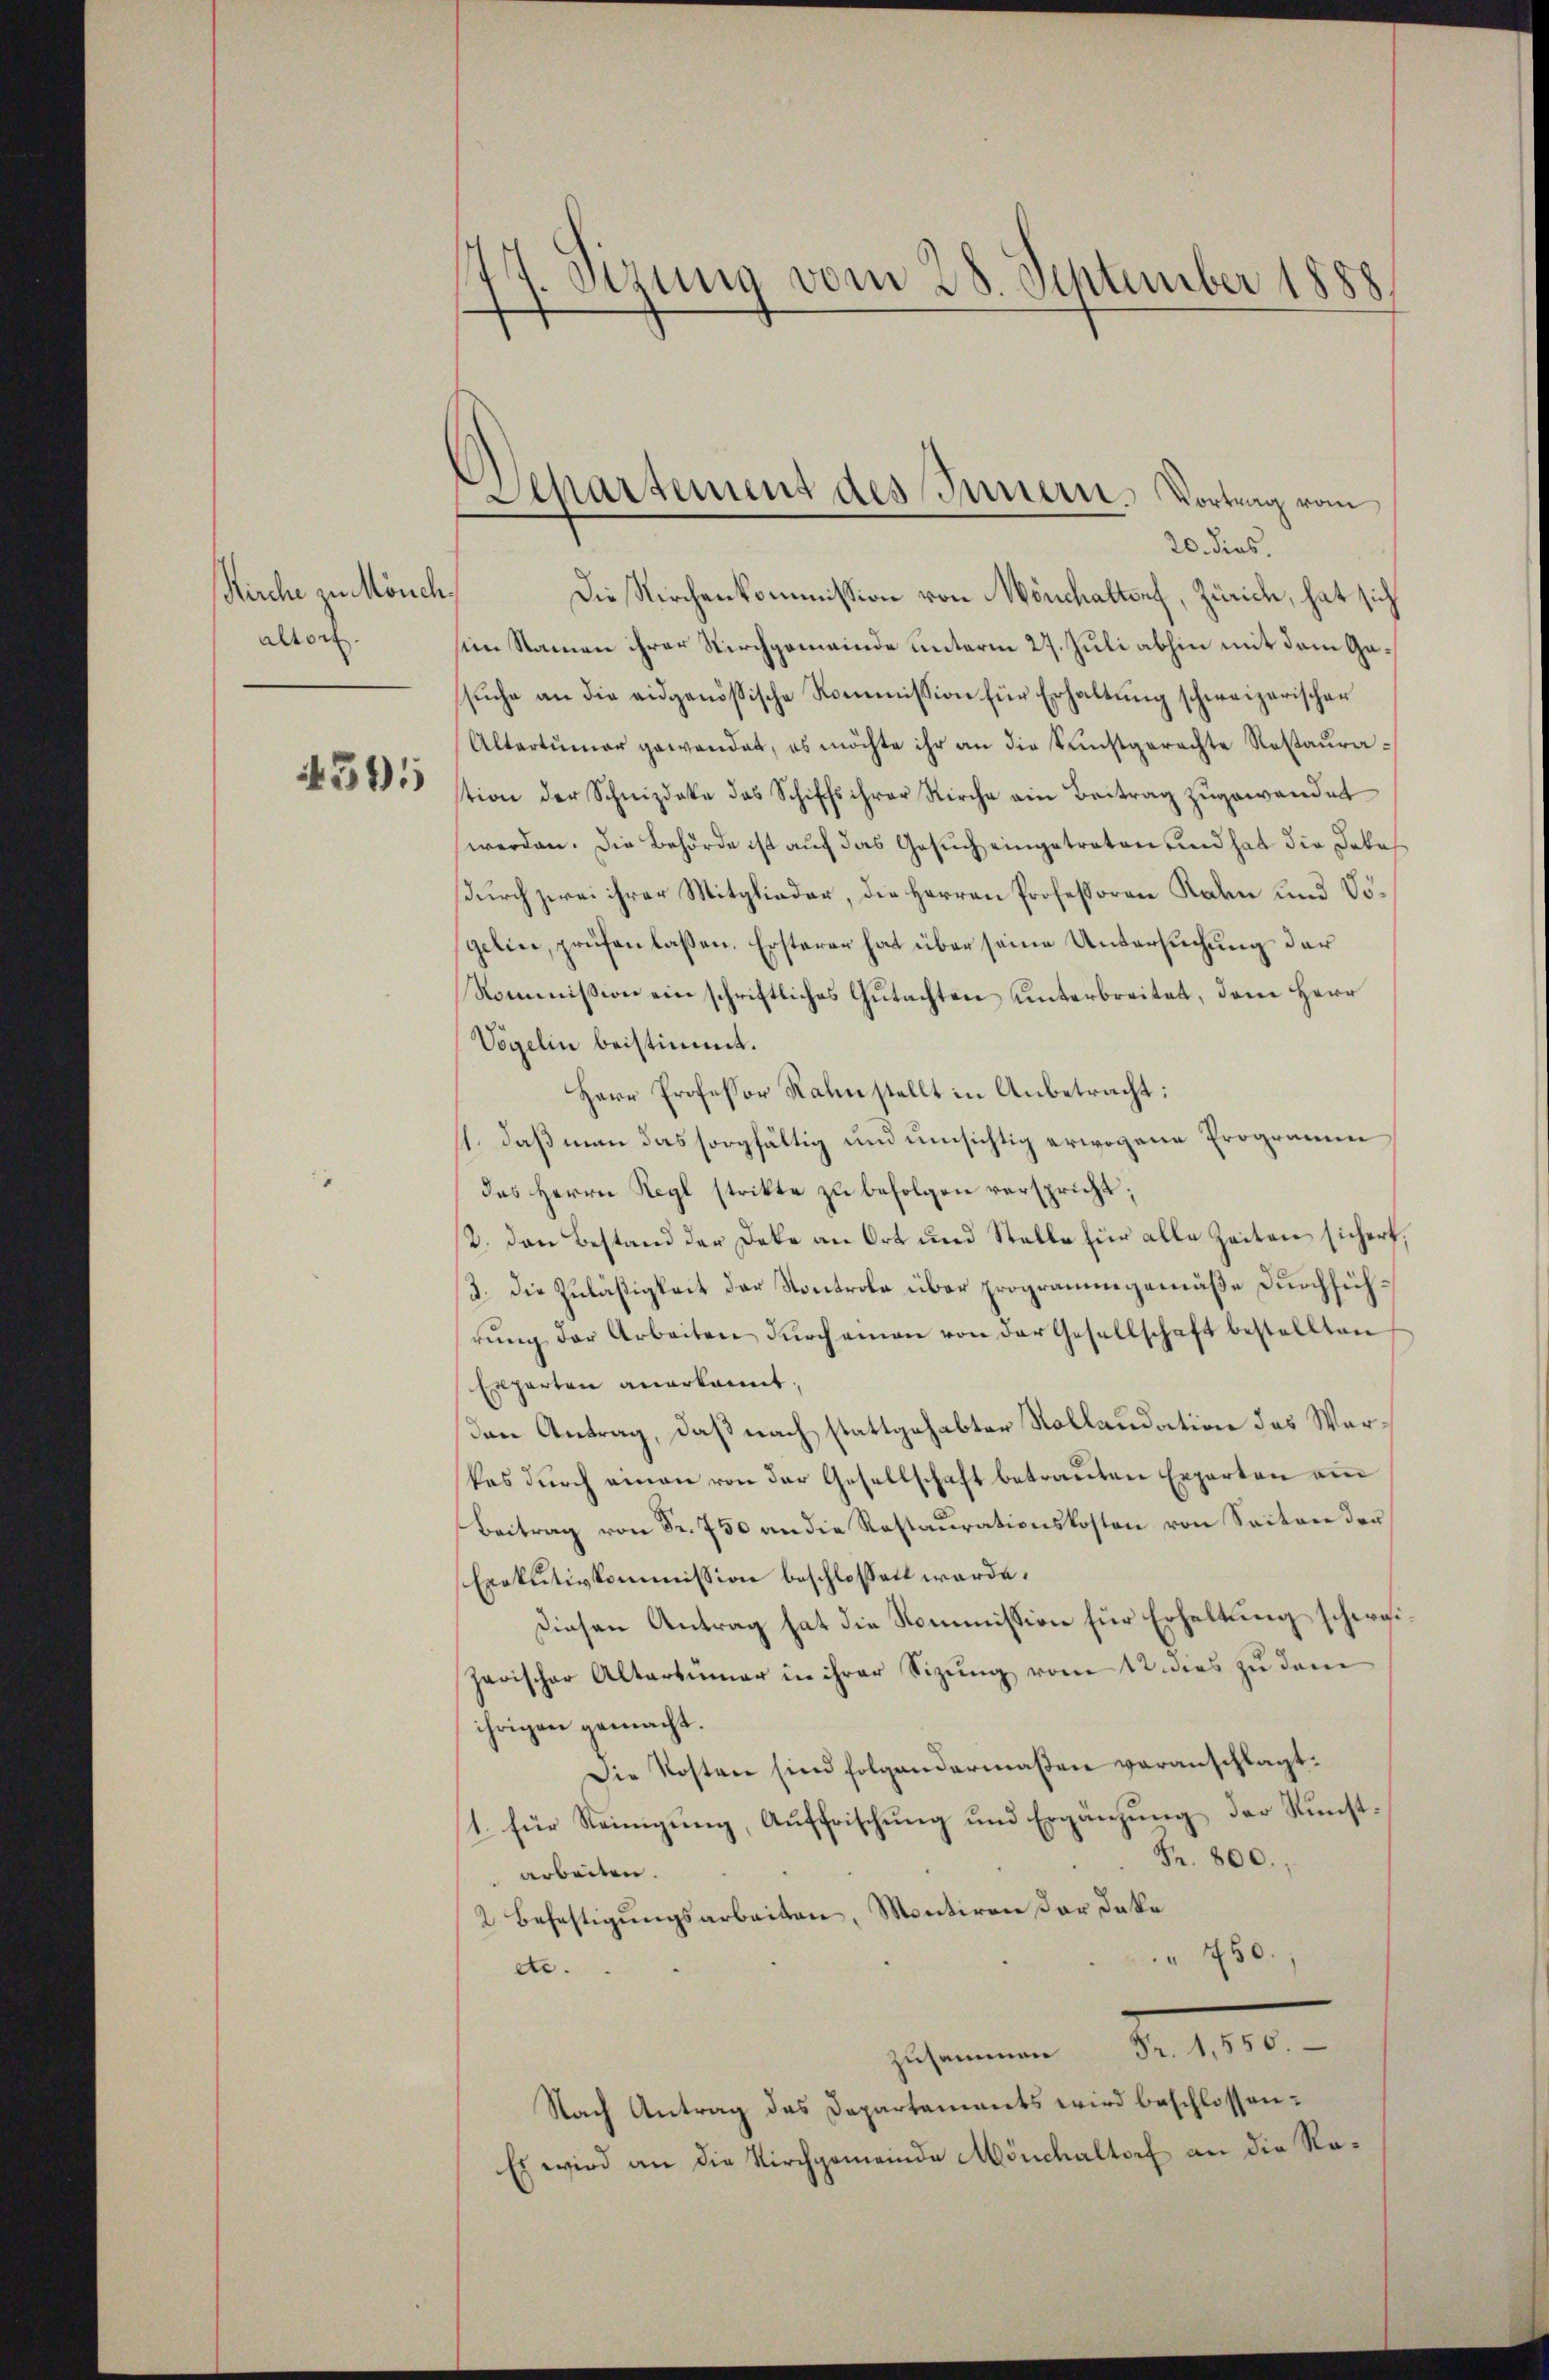
Kirche zu Mönch
altorf.

4505

174. Sizung vom 28. September 1888

Departement des Innern. Vortrag vom

20. dies.
Die Kirchenkommission von Mönchaltorf, Zürich, hat sich
sim Namen ihrer Kirchgemeinde unterm 27. Juli abhin mit dem Gasuche an die eidgenößische Kommission für Erhaltung schweizerischer
Altertümer gewendet, es möchte ihr an die Kunstgerechte Restaurastion der Schnizdate das Schiffs ihrer Kirche ein Beitrag zugewandet
werden. Die Behörde ist auf das Gesuch eingetreten und hat die Dokadurch zwei ihrer Mitglieder, die Herren Professoren Rahn und Vögelin, prüfen lassen. Ersterer hat über seine Untersuchung der
Kommißion ein schriftliches Gutachten unterbreitet, dem Herr
Vögelin beistimmt.
Herr Professor Rahn stellt in Anbetracht:
11. daß man das sorgfältig und umsichtig erwogene Programm
des Herrn Regl strikte zu befolgen verspricht;
2. den Bestand der Deke an Ort und Stelle für alle Zeiten sichert,
3. Die Zuläßigkeit der Kontrole über programmgemäße Durchführŭng der Arbeiten dŭrch einen von der Gesellschaft bestellten
Experten anerkannt.
Den Antrag, daß nach stattgehabter Kollaudation des Warkes durch einen von der Gesellschaft betrauten Experten am
Beitrag von Fr. 750 an die Restaurationskosten von Seiten der
Exekutivkommission beschlossen werde.
Diesen Antrag hat die Kommission für Erhaltung schweizerischer Altertümer in ihrer Sizung vom 12. dies zu dem
ihrigen gemacht.
Die Kosten sind folgendermaβen veranschlagt.
1. für Steinigung, Auffrischung und Ergänzung der Kunst¬
Fr. 800.
arbeiten.
2. Befestigungsarbeiten, Montiren der Dako
 450.
dte.
ssammen d. 1910.
Nach Antrag das Departaments wird beschlossen:
Es wird an die Kirchgemeinde Mönchaltorf an die Ra¬